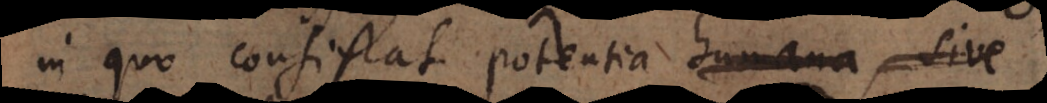
in quo consistat potentia humana, sive